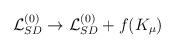
LaTeX: \begin{align*}{\cal L}_{SD}^{(0)} \to {\cal L}_{SD}^{(0)} + f(K_\mu)\end{align*}